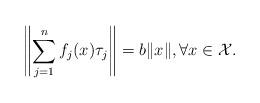
LaTeX: \begin{align*}\left\|\sum_{j=1}^{n}f_j(x)\tau_j\right\|= b\|x\|, \forall x \in \mathcal{X}.\end{align*}